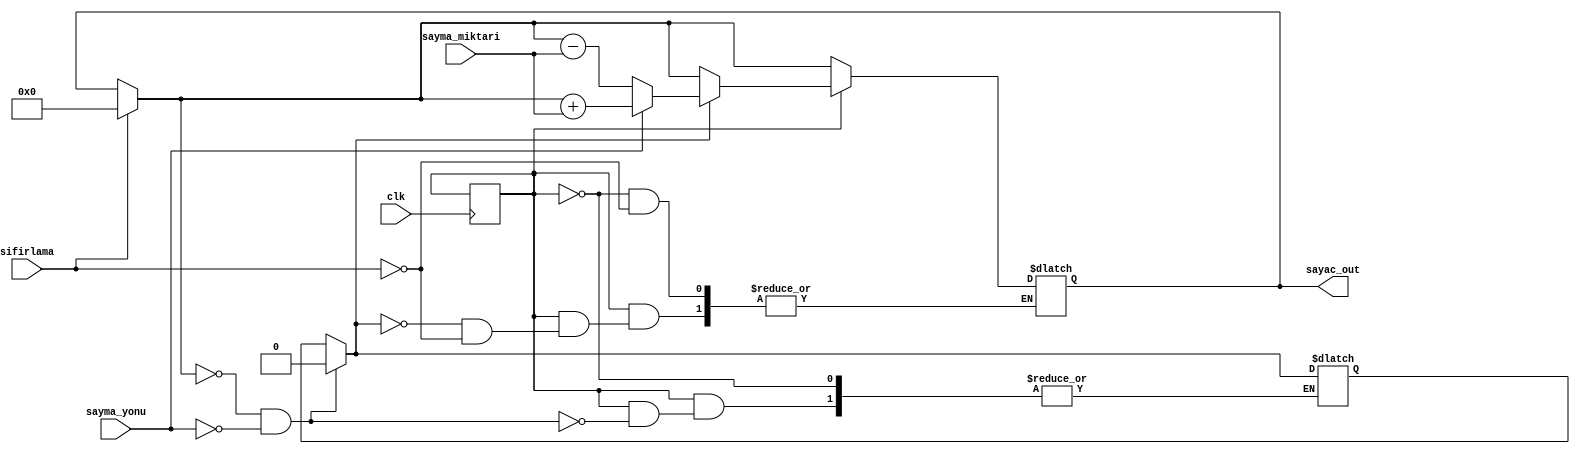
`timescale 1ns / 1ps
//////////////////////////////////////////////////////////////////////////////////
// Company: 
// Engineer: 
// 
// Design Name: 
// Module Name: yavasSayac
// Project Name: 
// Target Devices: 
// Tool Versions: 
// Description: 
// 
// Dependencies: 
// 
// Revision:
// Revision 0.01 - File Created
// Additional Comments:
// 
//////////////////////////////////////////////////////////////////////////////////



module yavasSayac(
    input clk,        
    input sifirlama,      // Eer 1 ise sayac sfrlanacak
    input sayma_yonu,       // Eer 1 ise sayac sayma miktar kadar arttaracak, sfr ise sayma miktar kadar azaltacak
    input [2:0] sayma_miktari, 
    output reg [5:0] sayac_out = 0
);
    reg yavas_sayma=0;
    reg [2:0]sayac=0;
    reg girdi_mi=0;
    always@(posedge clk)begin
        if(sayac==4)begin 
            yavas_sayma<=~yavas_sayma;
            girdi_mi<=1;
            sayac<=0;
        end
        sayac<=sayac+1;
    end
    
    reg devam_mi=1;
    
    always@(yavas_sayma)begin 
        if(sifirlama==1)begin 
            sayac=0;
            sayac_out=0;
        end
        if(girdi_mi==1)begin
            if(sayac_out==0&&sayma_yonu==0) begin 
                devam_mi=0;
            end
            if(devam_mi!=0)begin 
                if(sayma_yonu==1)begin 
                    sayac_out=sayac_out+sayma_miktari;
                end
                else begin
                   sayac_out=sayac_out-sayma_miktari;
                end
            end
        end
    end  
endmodule